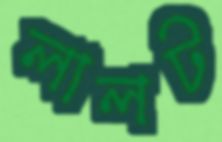
লালট